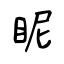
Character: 眤